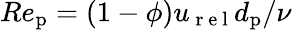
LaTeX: Re_{\mathrm{p}}=(1-\phi)u_{\mathrm{~r~e~l~}}d_{\mathrm{p}}/\nu